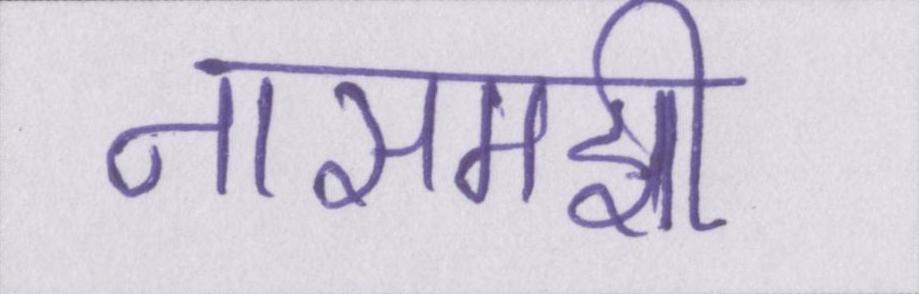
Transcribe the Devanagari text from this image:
नासमझी